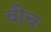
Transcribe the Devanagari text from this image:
बीच